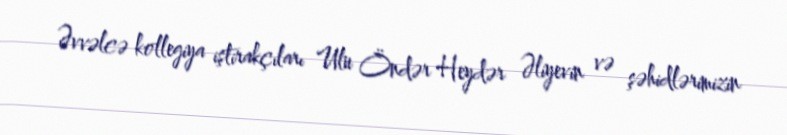
Əvvəlcə kollegiya iştirakçıları Ulu Öndər Heydər Əliyevin və şəhidlərimizin